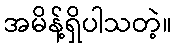
အမိန့်ရှိပါသတဲ့။